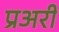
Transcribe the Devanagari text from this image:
प्रअरी